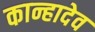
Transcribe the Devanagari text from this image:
कान्हादेव